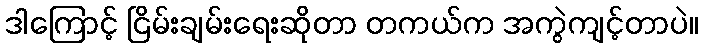
ဒါကြောင့် ငြိမ်းချမ်းရေးဆိုတာ တကယ်က အကွဲကျင့်တာပဲ။